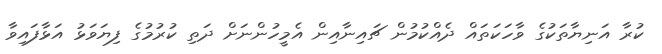
ކުރާ އަނިޔާތަކުގެ ވާހަކަތައް ދެއްކުމުން ޗައިނާއިން އެމީހުންނަށް ދަތި ކުރުމުގެ ފިޔަވަޅު އަޅާފައިވާ